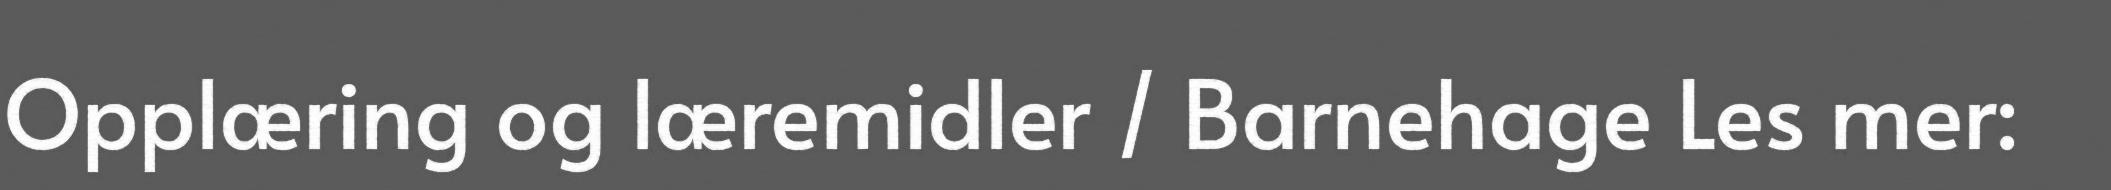
Opplæring og læremidler / Barnehage Les mer: